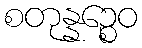
စတုန္နဉ္စေဝ